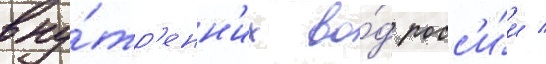
вну́тр'енн'их во́д росс'и́и /